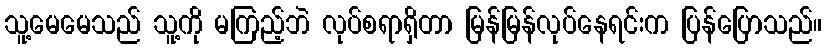
သူ့မေမေသည် သူ့ကို မကြည့်ဘဲ လုပ်စရာရှိတာ မြန်မြန်လုပ်နေရင်းက ပြန်ပြောသည်။